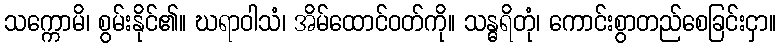
သက္ကောမိ၊ စွမ်းနိုင်၏။ ဃရာဝါသံ၊ အိမ်ထောင်ဝတ်ကို။ သန္ဓရိတုံ၊ ကောင်းစွာတည်စေခြင်းငှာ။